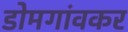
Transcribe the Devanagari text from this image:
डोमगांवकर